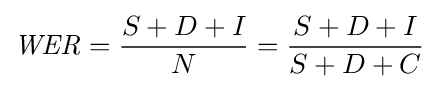
{\mathit {WER}}={\frac {S+D+I}{N}}={\frac {S+D+I}{S+D+C}}